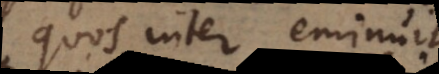
quos inter eminuit